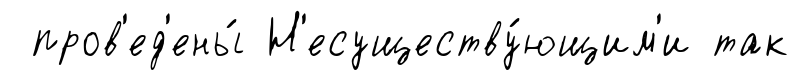
пров'ед'ены́ Н'есуществу́ющим'и так